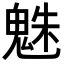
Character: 𩳅